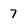
Character: 7